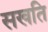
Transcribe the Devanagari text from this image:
सखति